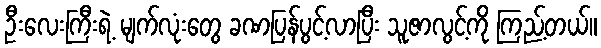
ဦးလေးကြီးရဲ့ မျက်လုံးတွေ ခဏပြန်ပွင့်လာပြီး သူဇာလွင့်ကို ကြည့်တယ်။